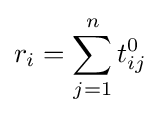
r_{i}=\sum _{j=1}^{n}t_{ij}^{0}